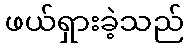
ဖယ်ရှားခဲ့သည်